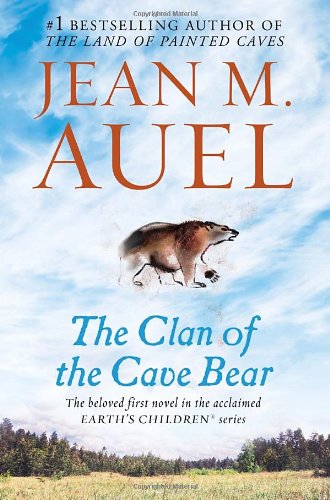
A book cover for The Clan of the Cave Bear: Earth's Children, Book One; Jean M. Auel; Literature & Fiction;